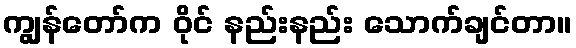
ကျွန်တော်က ဝိုင် နည်းနည်း သောက်ချင်တာ။